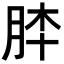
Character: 𦚬